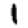
Digit: 1